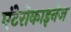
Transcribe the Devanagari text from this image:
एंटेरोकाइनेज